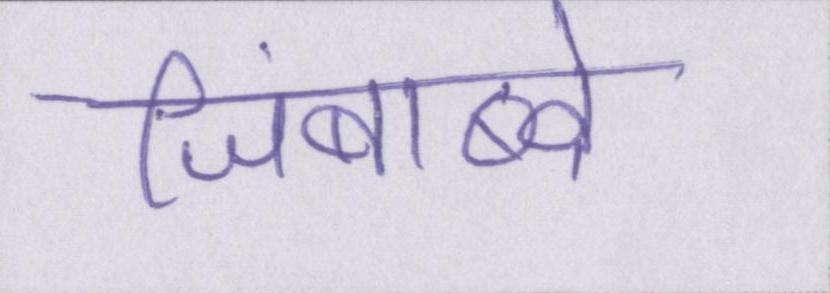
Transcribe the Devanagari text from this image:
जिंबाब्वे